Vaccination report Assam 1896-1927 - 1896-1927
Year: 1896
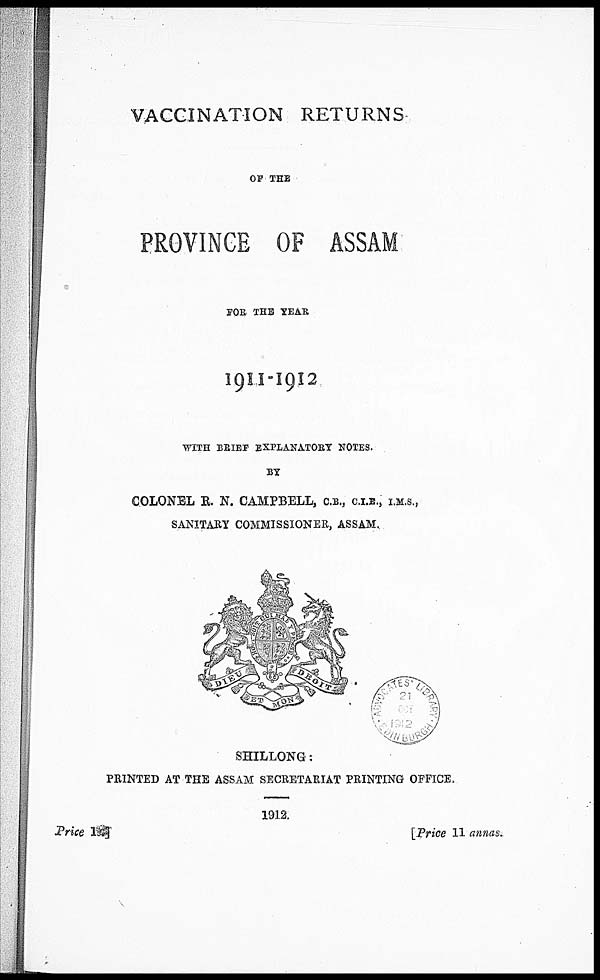
VACCINATION RETURNS
OF THE
PROVINCE OF ASSAM
FOR THE YEAR
1911-1912
WITH BRIEF EXPLANATORY NOTES.
BY
COLONEL R. N. CAMPBELL, C.B., C.I.E., I.M.S.,
SANITARY COMMISSIONER, ASSAM.
SHILLONG:
PRINTED AT THE ASSAM SECRETARIAT PRINTING OFFICE.
1912.
Price 1s]
[Price 11 annas.